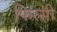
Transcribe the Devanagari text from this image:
फिरसी